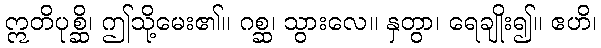
ဣတိပုစ္ဆိ၊ ဤသို့မေး၏။ ဂစ္ဆ၊ သွားလေ။ နှတွာ၊ ရေချိုး၍။ ဧဟိ၊